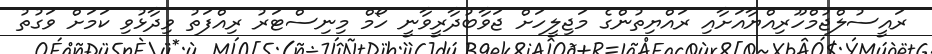
ރައީސުލްޖުމްހޫރިއްޔާއަށާއި ރައްޔިތުންގެ މަޖިލީހަށް ޖަވާބުދާރީވާނީ ހޯމް މިނިސްޓަރު ރިއްފަތު ވިދާޅުވި ކަމަށް ވަގުތު